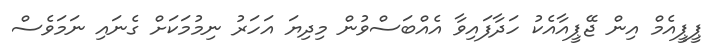
ޕީޕީއެމް އިން ޖޭޕީއާއެކު ހަދާފައިވާ އެއްބަސްވުން މިދިޔަ އަހަރު ނިމުމަކަށް ގެނައި ނަމަވެސް